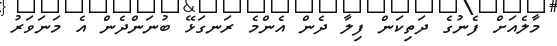
މާލެއަށް ފެނުގެ ދަތިކަން ފިލާ ދެން އެންމެ ރަނގަޅޭ ބުނަންދެން އެ މަނަވަރު